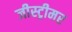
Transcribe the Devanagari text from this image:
जीस्ट्रीमर